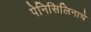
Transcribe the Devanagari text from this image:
पेनिसिलिनाचे